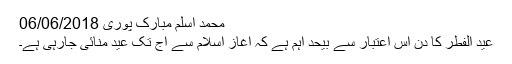
محمد اسلم مبارک پوری 06/06/2018
عید الفطر کا دن اس اعتبار سے بیحد اہم ہے کہ آغاز اسلام سے آج تک عید منائی جارہی ہے۔